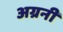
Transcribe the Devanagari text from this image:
अग्रनी